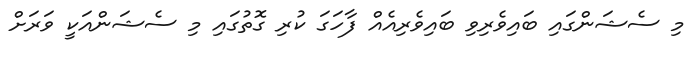
މި ސެޝަންގައި ބައިވެރިވި ބައިވެރިއެއް ފާހަގަ ކުރި ގޮތުގައި މި ސެޝަންއަކީ ވަރަށް